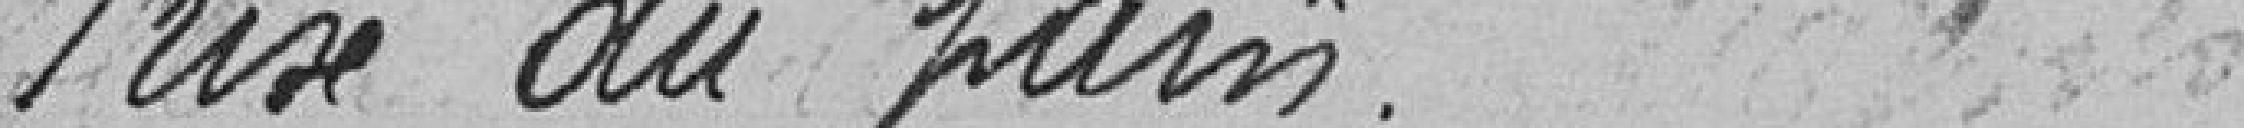
Prise du pain.